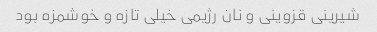
شیرینی قزوینی و نان رژیمی خیلی تازه و خوشمزه بود